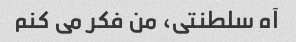
آه سلطنتی، من فکر می کنم